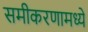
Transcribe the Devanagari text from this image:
समीकरणामध्ये